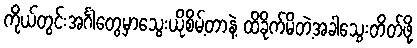
ကိုယ်တွင်းအင်္ဂါတွေမှာသွေးယိုစိမ့်တာနဲ့ ထိခိုက်မိတဲ့အခါသွေးတိတ်ဖို့